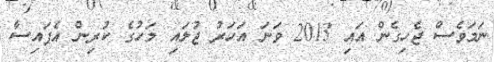
ނަމަވެސް ޖެހިގެން އައި 2013 ވަނަ އަހަރު ޖުލައި މަހުގެ ކުރިން އެފައިސާ